Lunatic asylums Madras 1877-1891 - 1877-1891
Year: 1877
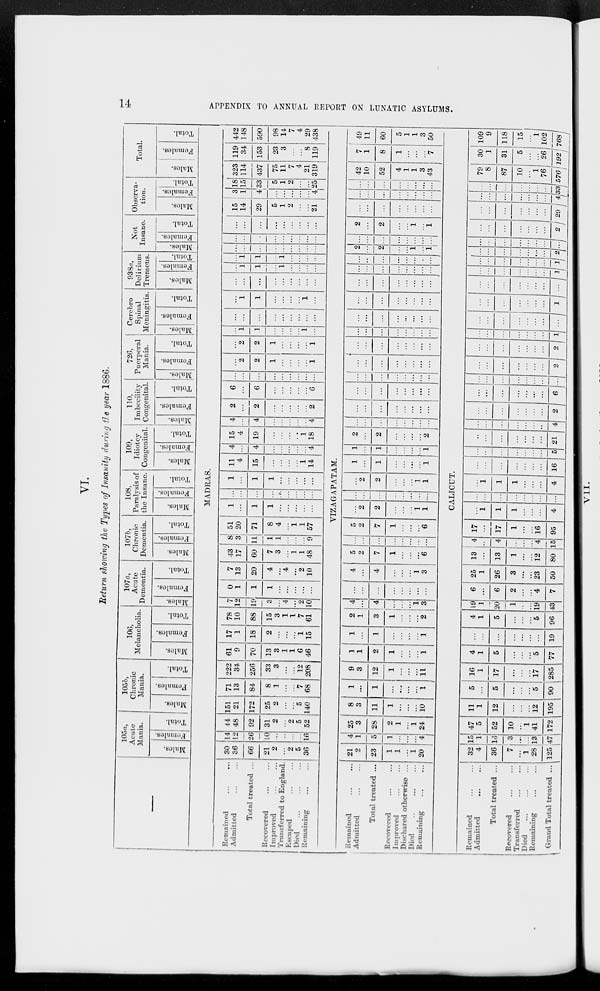
14
APPENDIX TO ANNUAL REPORT ON LUNATIC ASYLUMS.
VI.
Return showing the Types of Insanity during the year 1886.
—
Remained
...
...
Admitted ... ...
Total treated ...
Recovered ... ...
Improved ... ...
Transferred to England.
Escaped ... ...
Died
...
...
...
Remaining ... ...
Remained ... ...
Admitted ... ...
Total treated ...
Recovered ... ...
Improved ... ...
Dischared otherwise ...
Died
...
...
...
Remaining ... ...
Remained ... ...
Admitted
...
...
Total treated ...
Recovered ... ...
Transferred ... ...
Died ... ... ...
Remaining ... ...
Grand Total treated ...
105a,
Acute
Mania.
Males.
Females.
Total.
105b,
Chronic
Mania.
Males.
Females.
Total.
106,
Melancholia.
Males.
Females.
Total.
107a,
Acute
Dementia.
Males.
Females.
Total.
107b,
Chronic
Dementia.
Males.
Females.
Total.
108,
Paralysis of
the Insane.
Males.
Females.
Total.
109,
Idiotcy
Congenital.
Males.
Females.
Total.
110,
Imbecility
Congenital.
Males.
Females.
Total.
726,
Puerperal
Mania.
Males.
Females.
Total.
Cerebro
Spinal
Meningitis.
Males.
Females.
Total.
938a,
Delirium
Tremens.
Males.
Females.
Total.
Not
Insane.
Males.
Females.
Total.
Observa-
tion.
Males.
Females.
Total.
Total.
Males.
Females.
Total.
MADRAS.
30
36
66
21
2
...
2
5
36
14
12
26
10
...
...
...
...
16
44
48
92
31
2
...
2
5
52
151
21
172
25
2
...
...
5
140
71
13
84
8
1
...
...
7
68
222
34
256
33
3
...
...
12
208
61
9
70
13
3
1
1
6
46
17
1
18
2
...
...
...
1
15
78
10
88
15
3
1
1
7
61
7
12
19
3
...
4
...
2
10
0
1
1
1
...
...
...
...
...
7
13
20
4
...
4
...
2
10
43
17
60
7
3
...
1
1
48
8
3
11
1
1
...
...
...
9
51
20
71
8
4
...
1
1
57
1
...
1
1
...
...
...
...
...
...
...
...
...
...
...
...
...
...
1
...
1
1
...
...
...
...
...
11
4
15
...
...
...
...
1
14
4
...
4
...
...
...
...
...
4
15
4
19
...
...
...
...
1
18
4
...
4
...
...
...
...
...
4
2
...
2
...
...
...
...
...
2
6
...
6
...
...
...
...
...
6
...
...
...
...
...
...
...
...
...
...
2
2
1
...
...
...
...
1
...
2
2
1
...
...
...
...
1
...
1
1
...
...
...
...
1
...
...
...
...
...
...
...
...
...
...
...
1
1
...
...
...
...
1
...
...
...
...
...
...
...
...
...
...
...
1
1
...
1
...
...
...
...
...
1
1
...
1
...
...
...
...
...
...
...
...
...
...
...
...
...
...
...
...
...
...
...
...
...
...
...
...
...
...
...
...
...
...
...
15
14
29
5
1
2
...
...
21
3
1
4
...
...
...
...
...
4
18
15
33
5
1
2
...
...
25
323
114
437
75
11
7
4
21
319
119
34
153
23
3
...
...
8
119
442
148
590
98
14
7
4
29
438
VIZAGAPATAM.
21
2
23
1
1
...
1
20
4
1
5
1
...
...
...
4
25
3
28
2
1
...
1
24
8
3
11
1
...
...
...
10
1
...
1
...
...
...
...
1
9
3
12
1
...
...
...
11
1
1
2
1
...
...
...
1
1
...
1
...
...
...
...
1
2
1
3
1
...
...
...
2
4
...
4
...
...
...
1
3
...
...
...
...
...
...
...
...
4
...
4
...
...
...
1
3
5
2
7
1
...
...
...
6
...
...
...
...
...
...
...
...
5
2
7
1
...
...
...
6
...
2
2
...
...
...
1
1
...
...
...
...
...
...
...
...
...
2
2
...
...
...
1
1
1
...
1
...
...
...
...
1
1
...
1
...
...
...
...
1
2
...
2
...
...
...
...
2
...
...
...
...
...
...
...
...
...
...
...
...
...
...
...
...
...
...
...
...
...
...
...
...
...
...
...
...
...
...
...
...
...
...
...
...
...
...
...
...
...
...
...
...
...
...
...
...
...
...
...
...
...
...
...
...
...
...
...
...
...
...
...
...
...
...
...
...
...
...
...
...
...
...
...
...
...
...
...
...
...
...
...
...
...
...
...
...
...
...
...
...
...
...
...
...
2
...
2
...
...
1
...
1
...
...
...
...
...
...
...
...
2
...
2
...
...
1
...
1
...
...
...
...
...
...
...
...
...
...
...
...
...
...
...
...
...
...
...
...
...
...
...
...
42
10
52
4
1
1
3
43
7
1
8
1
...
...
...
7
49
11
60
5
1
1
3
50
CALICUT.
32
4
36
7
...
1
28
125
15
1
16
3
...
...
13
47
47
5
52
10
...
1
41
172
11
1
12
...
...
...
12
195
5
...
5
...
...
...
5
90
16
1
17
...
...
...
17
285
4
1
5
...
...
...
5
77
...
...
...
...
...
...
...
19
4
1
5
...
...
...
5
96
19
1
20
1
...
...
19
43
6
...
6
2
...
...
4
7
25
1
26
3
...
...
23
50
13
...
13
1
...
...
12
80
4
...
4
...
...
...
4
15
17
...
17
1
...
...
16
95
...
1
1
1
...
...
...
4
...
...
...
...
...
...
...
...
...
1
1
1
...
...
...
4
...
...
...
...
...
...
...
16
...
...
...
...
...
...
...
5
...
...
...
...
...
...
...
21
...
...
...
...
...
...
...
4
...
...
...
...
...
...
...
2
...
...
...
...
...
...
...
6
...
...
...
...
...
...
...
...
...
...
...
...
...
...
...
2
...
...
...
...
...
...
...
2
...
...
...
...
...
...
...
1
...
...
...
...
...
...
...
...
...
...
...
...
...
...
...
1
...
...
...
...
...
...
...
...
...
...
...
...
...
...
...
1
...
...
...
...
...
...
...
1
...
...
...
...
...
...
...
2
...
...
...
...
...
...
...
...
...
...
...
...
...
...
...
2
...
...
...
...
...
...
...
29
...
...
...
...
...
...
...
4
...
...
...
...
...
...
...
33
79
8
87
10
...
1
76
576
30
1
31
5
...
...
26
192
109
9
118
15
...
1
102
768